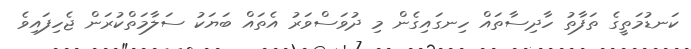
ކަނޑުމަތީގެ ތަފާތު ހާދިސާތައް ހިނގައިގެން މި ދުވަސްވަރު އެތައް ބަޔަކު ސަލާމަތްކުރަން ޖެހިފައިވެ